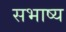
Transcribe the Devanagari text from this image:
सभाष्य